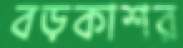
বড়কাশর